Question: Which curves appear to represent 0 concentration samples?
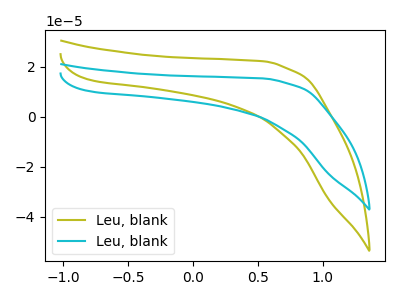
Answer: <think>The olive curve "Leu, blank1" has no peaks. The cyan curve "Leu, blank2" has no peaks.</think>
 <answer>"Leu, blank1" and "Leu, blank2" are likely to be blanks.</answer>
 <eval>"Leu, blank1", "Leu, blank2"</eval>